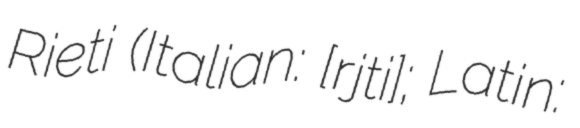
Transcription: Rieti (Italian: [ˈrjɛːti]; Latin: